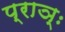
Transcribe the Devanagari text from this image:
प्राञ्ः